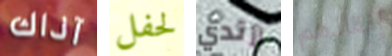
آذاك لحفل أرتدي إنقاذهم